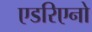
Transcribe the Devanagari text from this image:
एडरिएनो